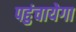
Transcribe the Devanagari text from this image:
पहुंचायेगा